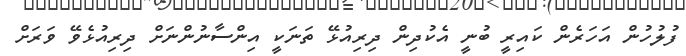
ފުލުހުން އަހަރެން ކައިރީ ބުނީ އެކުދިން ދިރިއުޅޭ ތަނަކީ އިންސާނުންނަށް ދިރިއުޅެވޭ ވަރަށް